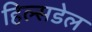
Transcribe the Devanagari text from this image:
हिल्सडेल